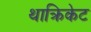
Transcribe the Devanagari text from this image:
थाक्रिकेट